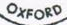
OXFORD